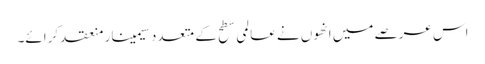
اس عرصے میں انھوں نے عالمی سطح کے متعدد سیمینار منعقد کرائے۔